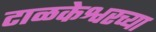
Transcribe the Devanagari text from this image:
टाळकेश्वरच्या